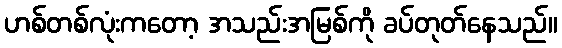
ဟစ်တစ်လုံးကတော့ အသည်းအမြစ်ကို ခပ်တုတ်နေသည်။